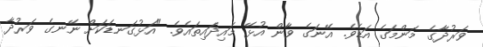
ވަރުދާގެ މަންމަގެ އަޑެވެ. އޭނަގެ ވާން އުޅޭ މައިދައިތައެވެ. "އަޅުގަނޑަކަށް ނޭނގެ ވަރުދާ